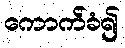
ကောက်ခံ၍